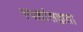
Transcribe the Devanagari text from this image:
स्पर्शासह्यता